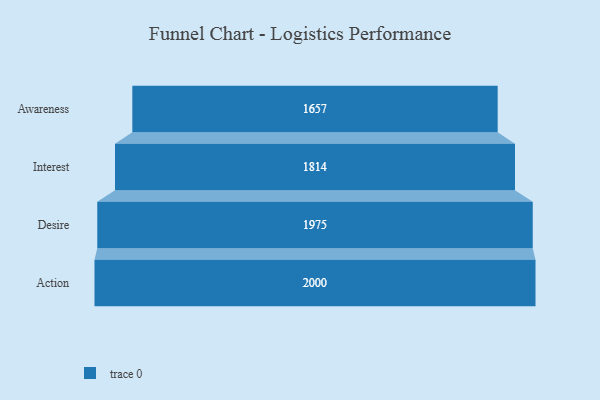
{"axis": {"x": "Stage", "y": "Value"}, "legend": [""], "data": [{"x": "Awareness", "y": 1657.0, "type": ""}, {"x": "Interest", "y": 1814.0, "type": ""}, {"x": "Desire", "y": 1975.0, "type": ""}, {"x": "Action", "y": 2000, "type": ""}]}